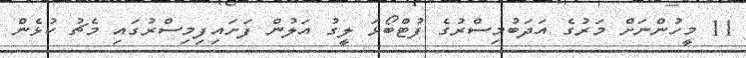
11 މީހުންނަށް މަރުގެ އަދަބުމިސްރުގެ ފުޓްބޯޅަ ލީގު އަލުން ފަށައިފިމިސްރުގައި މެޗު ކުޅެން